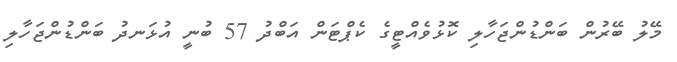
މޭލު ބޭރުން ބަންޑުންޖަހާލި ކޮޅުވެއްޓީގެ ކެޕްޓަން އަބްދު 57 ބުނީ އުޅަނދު ބަންޑުންޖަހާލި